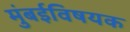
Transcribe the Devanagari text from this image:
मुंबईविषयक